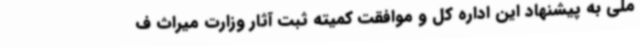
ملی به پیشنهاد این اداره کل و موافقت کمیته ثبت آثار وزارت میراث ف